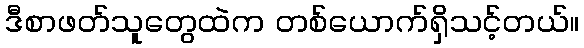
ဒီစာဖတ်သူတွေထဲက တစ်ယောက်ရှိသင့်တယ်။